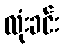
လုံးခင်း